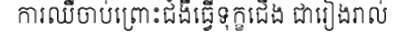
ការឈឺចាប់ព្រោះជំងឺធ្វើទុក្ខជើង ជារៀងរាល់